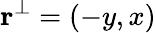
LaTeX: \mathbf{r}^{\perp}=(-y,x)